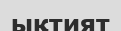
ықтият